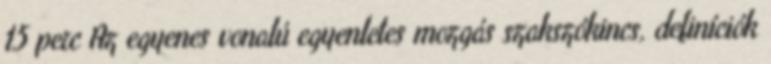
15 perc Az egyenes vonalú egyenletes mozgás szakszókincs, definíciók